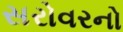
સરોવરનો